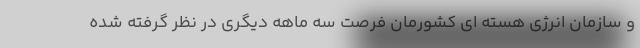
و سازمان انرژی هسته ای کشورمان فرصت سه ماهه دیگری در نظر گرفته شده